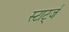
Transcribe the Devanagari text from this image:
स्टार्ट्ज